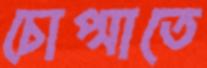
চোপ্‌সাতে